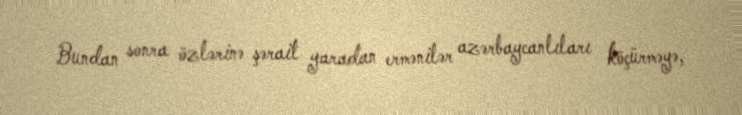
Bundan sonra özlərinə şərait yaradan ermənilər azərbaycanlıları köçürməyə,